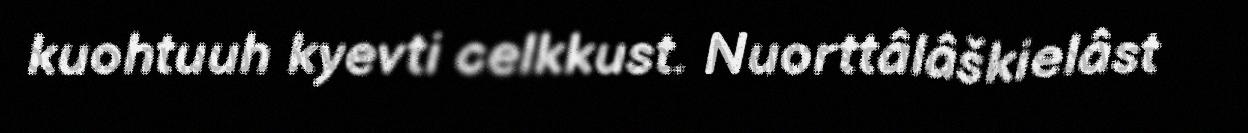
kuohtuuh kyevti celkkust. Nuorttâlâškielâst